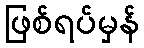
ဖြစ်ရပ်မှန်